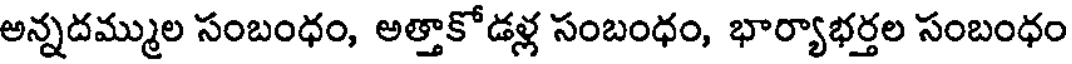
అన్నదమ్ముల సంబంధం, అత్తాకోడళ్ల సంబంధం, భార్యాభర్తల సంబంధం